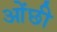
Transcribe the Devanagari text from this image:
ओंछी